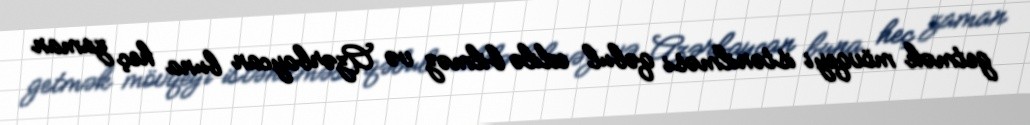
getmək mövqeyi istənilməsi qəbul edilə bilməz və Azərbaycan buna heç zaman